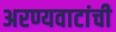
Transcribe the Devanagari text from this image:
अरण्यवाटांची